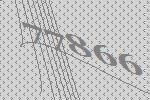
77866